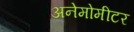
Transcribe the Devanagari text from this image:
अनेमोमीटर